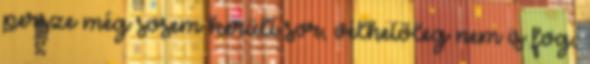
persze még sosem került sor, vélhetőleg nem is fog,